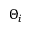
\Theta _ { i }